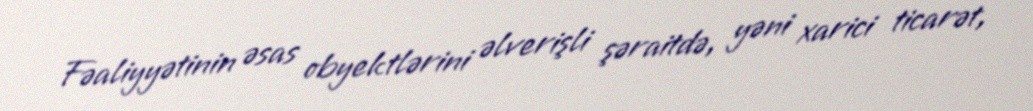
Fəaliyyətinin əsas obyektlərini əlverişli şəraitdə, yəni xarici ticarət,